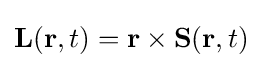
\mathbf {L} (\mathbf {r} ,t)=\mathbf {r} \times \mathbf {S} (\mathbf {r} ,t)